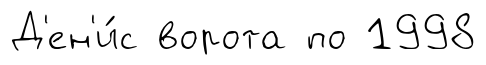
Д'ен'и́с ворота по 1998